Report on the working of the mental hospitals for Indians in Bihar and Orissa - 1925-1929
Year: 1925
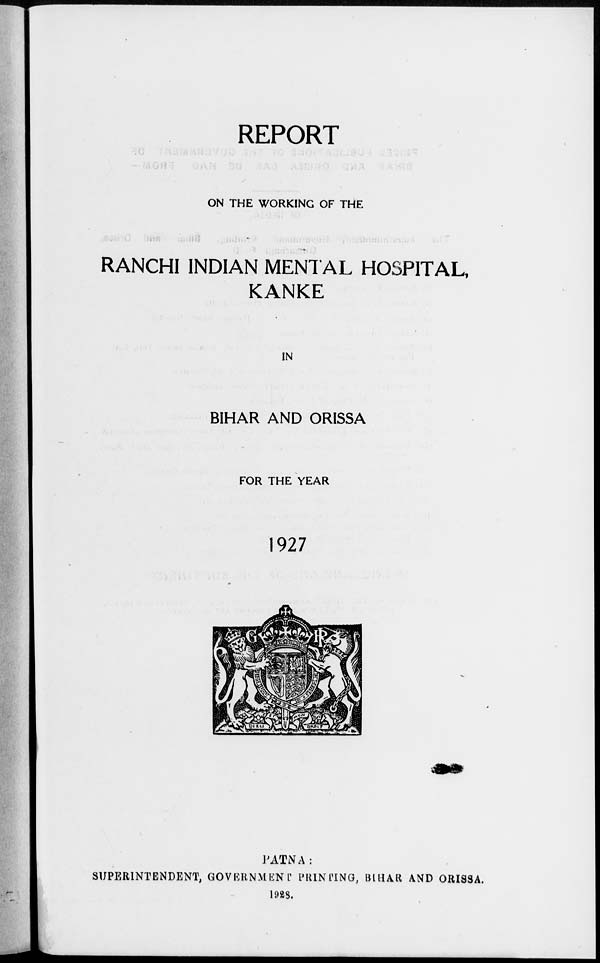
REPORT
ON THE WORKING OF THE
RANCHI INDIAN MENTAL HOSPITAL,
KANKE
IN
BIHAR AND ORISSA
FOR THE YEAR
1927
PATNA:
SUPERINTENDENT, GOVERNMENT PRINTING, BIHAR AND ORISSA.
1928.